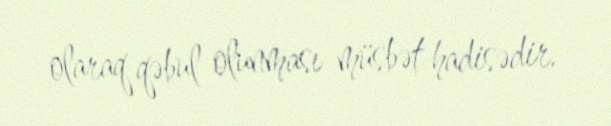
olaraq qəbul olunması müsbət hadisədir.